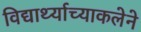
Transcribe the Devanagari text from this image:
विद्यार्थ्याच्याकलेने